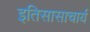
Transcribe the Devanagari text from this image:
इतिसासाचार्य